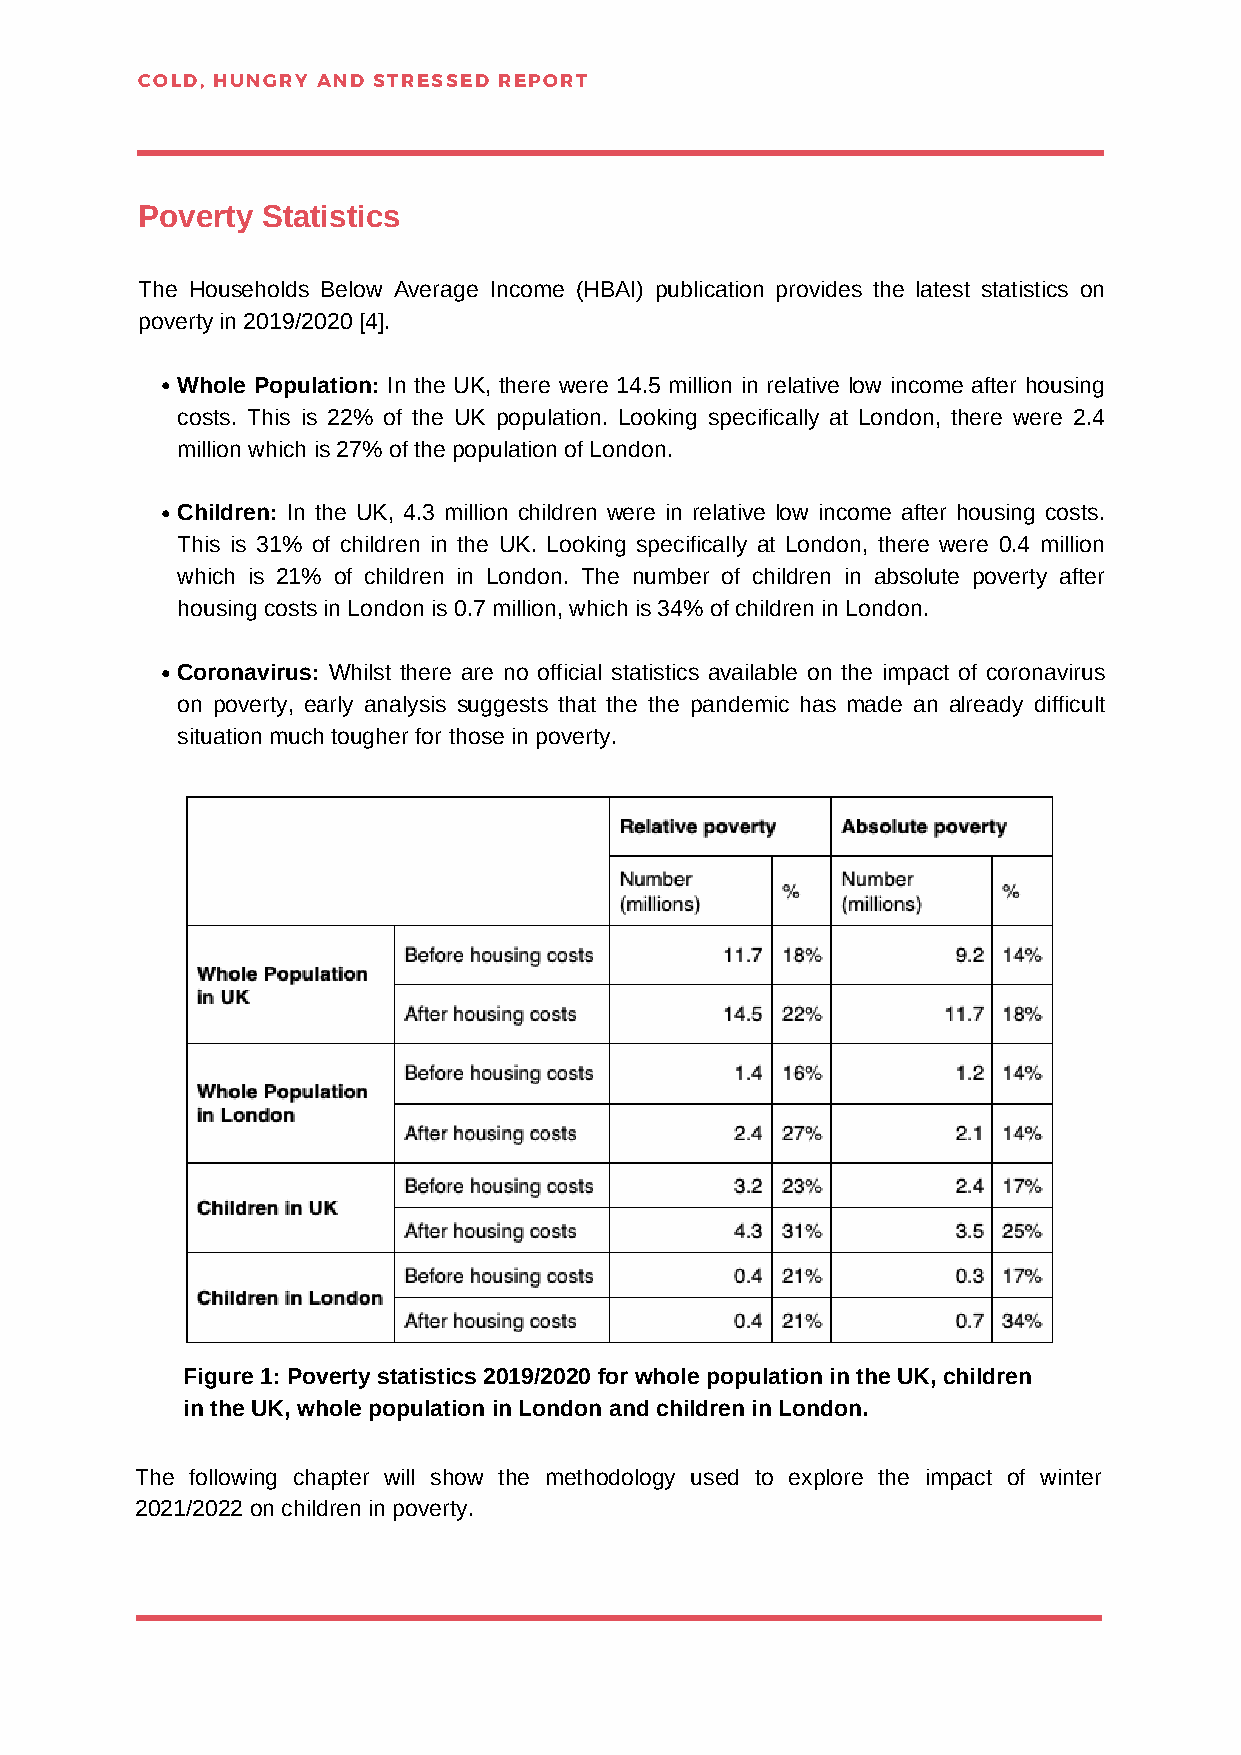
COLD, HUNGRY AND STRESSED REPORT
 Poverty Statistics
 The Households Below Average Income (HBAI) publication provides the latest statistics on
 poverty in 2019/2020 [4].
 Whole Population: In the UK, there were 14.5 million in relative low income after housing
 costs. This is 22% of the UK population. Looking specifically at London, there were 2.4
 million which is 27% of the population of London.
 Children: In the UK, 4.3 million children were in relative low income after housing costs.
 This is 31% of children in the UK. Looking specifically at London, there were 0.4 million
 which is 21% of children in London. The number of children in absolute poverty after
 housing costs in London is 0.7 million, which is 34% of children in London.
 Coronavirus: Whilst there are no official statistics available on the impact of coronavirus
 on poverty, early analysis suggests that the the pandemic has made an already difficult
 situation much tougher for those in poverty.
 Figure 1: Poverty statistics 2019/2020 for whole population in the UK, children
 in the UK, whole population in London and children in London.
 The following chapter will show the methodology used to explore the impact of winter
 2021/2022 on children in poverty.